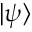
| \psi \rangle